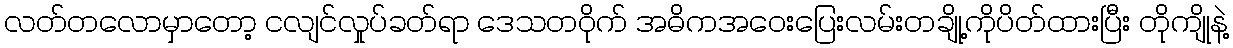
လတ်တလောမှာတော့ ငလျင်လှုပ်ခတ်ရာ ဒေသတဝိုက် အဓိကအဝေးပြေးလမ်းတချို့ကိုပိတ်ထားပြီး တိုကျိုနဲ့